Madras plague regulations and rules for the city of Madras
Disease focus: Plague
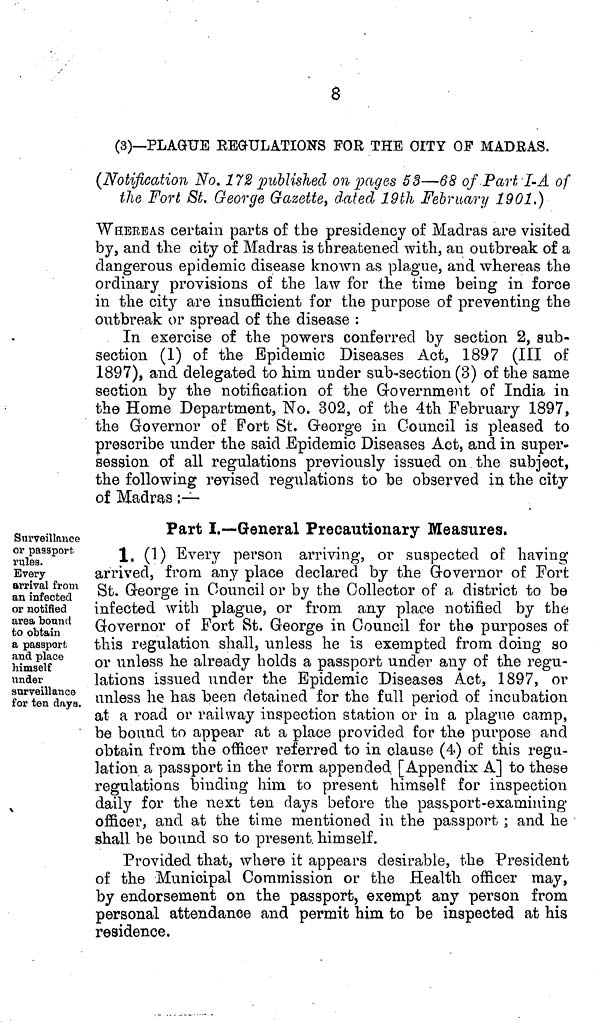
(3)—PLAGUE REGULATIONS FOR THE OITY OF MADRAS.
(Notification No. 172 published on pages 53—68 of Part I-A of
the Fort St. George Gazette, dated 19th February 1901.)
WEEREAS certain parts of the presidency of Madras are visited
by, and the city of Madras is threatened with, an outbreak of a
dangerous epidemic disease known as plague, and whereas the
ordinary provisions of the law for the time being in force
in the city are insufficient for the purpose of preventing the
outbreak or spread of the disease :
In exercise of the powers conferred by section 2, sub-
section (1) of the Epidemic Diseases Act, 1897 (III of
1897), and delegated to him under sub-section (3) of the same
section by the notification of the Government of India in
the Home Department, No. 302, of the 4th February 1897,
the Governor of Fort St. George in Council is pleased to
prescribe under the said Epidemic Diseases Act, and in super-
session of all regulations previously issued on the subject,
the following revised regulations to be observed in the city
of Madras :-
Surveillance
or passport
rules.
Every
arrival from
an infected
or notified
area bound
to obtain
a passport
and place
himself
under
surveillance
for ten days.
Part I.—-General Precautionary Measures.
1, (1) Every person arriving, or suspected of having
arrived, from any place declared by the Governor of Fort
St. George in Council or by the Collector of a district to be
infected with plague, or from any place notified by the
Governor of Fort St. George in Council for the purposes of
this regulation shall, unless he is exempted from doing so
or unless he already holds a passport under any of the regu-
lations issued under the Epidemic Diseases Act, 1897, or
unless he has been detained for the fall period of incubation
at a road or railway inspection station or in a plague camp,
be bound to appear at a place provided for the purpose and
obtain from the officer referred to in clause (4) of this regu-
lation a passport in the form appended [Appendix A] to these
regulations binding him to present himself for inspection
daily for the next ten days before the passport-examining
officer, and at the time mentioned in the passport ; and he
shall be bound so to present, himself.
Provided that, where it appears desirable, the President
of the Municipal Commission or the Health officer may,
by endorsement on the passport, exempt any person from
personal attendance and permit him to be inspected at his
residence.